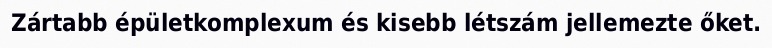
Zártabb épületkomplexum és kisebb létszám jellemezte őket.